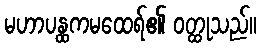
မဟာပန္ထကမထေရ်၏ ဝတ္ထုသည်။